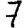
Digit: 7